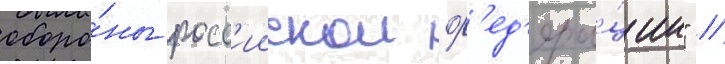
оборо́ны росс'иискои ф'ед'ера́ции" //